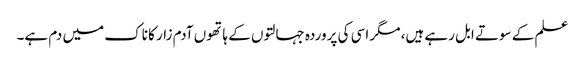
علم کے سوتے ابل رہے ہیں، مگر اسی کی پروردہ جہالتوں کے ہاتھوں آدم زار کا ناک میں دم ہے۔